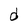
Character: d